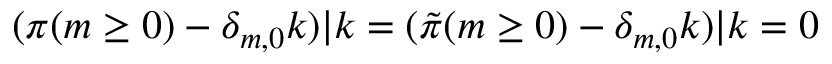
( \pi ( m \ge 0 ) - \delta _ { m , 0 } k ) | k = ( { \tilde { \pi } } ( m \ge 0 ) - \delta _ { m , 0 } k ) | k = 0